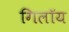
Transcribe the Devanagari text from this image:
गिलॉय